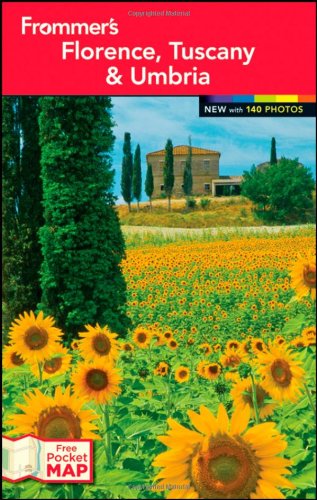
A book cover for Frommer's Florence, Tuscany and Umbria (Frommer's Color Complete); Donald Strachan; Travel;